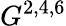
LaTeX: G^{2,4,6}